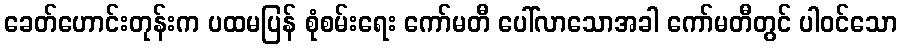
ခေတ်ဟောင်းတုန်းက ပထမပြန် စုံစမ်းရေး ကော်မတီ ပေါ်လာသောအခါ ကော်မတီတွင် ပါဝင်သော